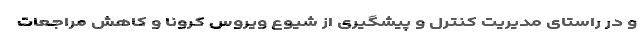
و در راستای مدیریت کنترل و پیشگیری از شیوع ویروس کرونا و کاهش مراجعات